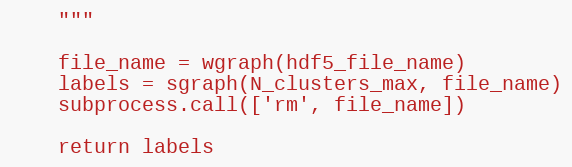
Language: Python
    """

    file_name = wgraph(hdf5_file_name)
    labels = sgraph(N_clusters_max, file_name)
    subprocess.call(['rm', file_name])

    return labels